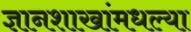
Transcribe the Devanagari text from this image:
ज्ञानशाखांमधल्या